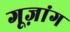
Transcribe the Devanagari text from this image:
गूज़ांग